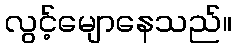
လွင့်မျောနေသည်။